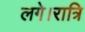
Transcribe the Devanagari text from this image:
लगे।रात्रि